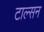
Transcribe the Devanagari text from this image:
टाल्सन